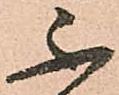
不